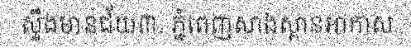
ស្ទឹងមានជ័យ៣. ភ្នំពេញសាងស្ពានអាកាស